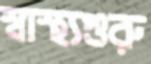
স্বাস্থ্যগুরু